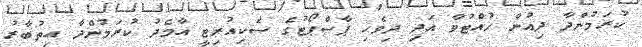
ކުރަމުންދާ ދިއުން ހުއްޓުވާ އަދި ދިވެހި ޕާސްޕޯޓުގެ ސެކިއުރިޓީ އާމެދު ކުރަމުންދާ އިތުބާރު